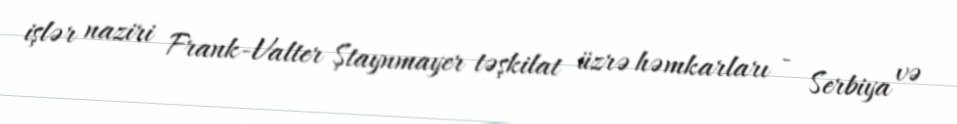
işlər naziri Frank-Valter Ştaynmayer təşkilat üzrə həmkarları - Serbiya və